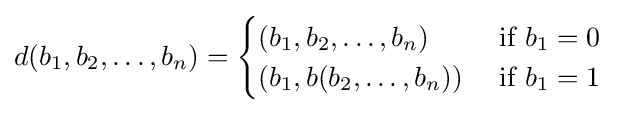
d(b_{1},b_{2},\ldots ,b_{n})={\begin{cases}(b_{1},b_{2},\ldots ,b_{n})&{\text{ if }}b_{1}=0\\(b_{1},b(b_{2},\ldots ,b_{n}))&{\text{ if }}b_{1}=1\end{cases}}